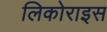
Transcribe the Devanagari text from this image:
लिकोराइस